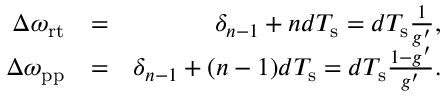
\begin{array} { r l r } { \Delta \omega _ { \mathrm { r t } } } & { = } & { \delta _ { n - 1 } + n d T _ { \mathrm { s } } = d T _ { \mathrm { s } } \frac { 1 } { g ^ { \prime } } , } \\ { \Delta \omega _ { \mathrm { p p } } } & { = } & { \delta _ { n - 1 } + ( n - 1 ) d T _ { \mathrm { s } } = d T _ { \mathrm { s } } \frac { 1 - g ^ { \prime } } { g ^ { \prime } } . } \end{array}